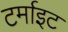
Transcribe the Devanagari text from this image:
टर्माइट